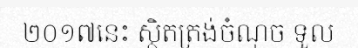
២០១៧នេះ ស្ថិតត្រង់ចំណុច ទួល